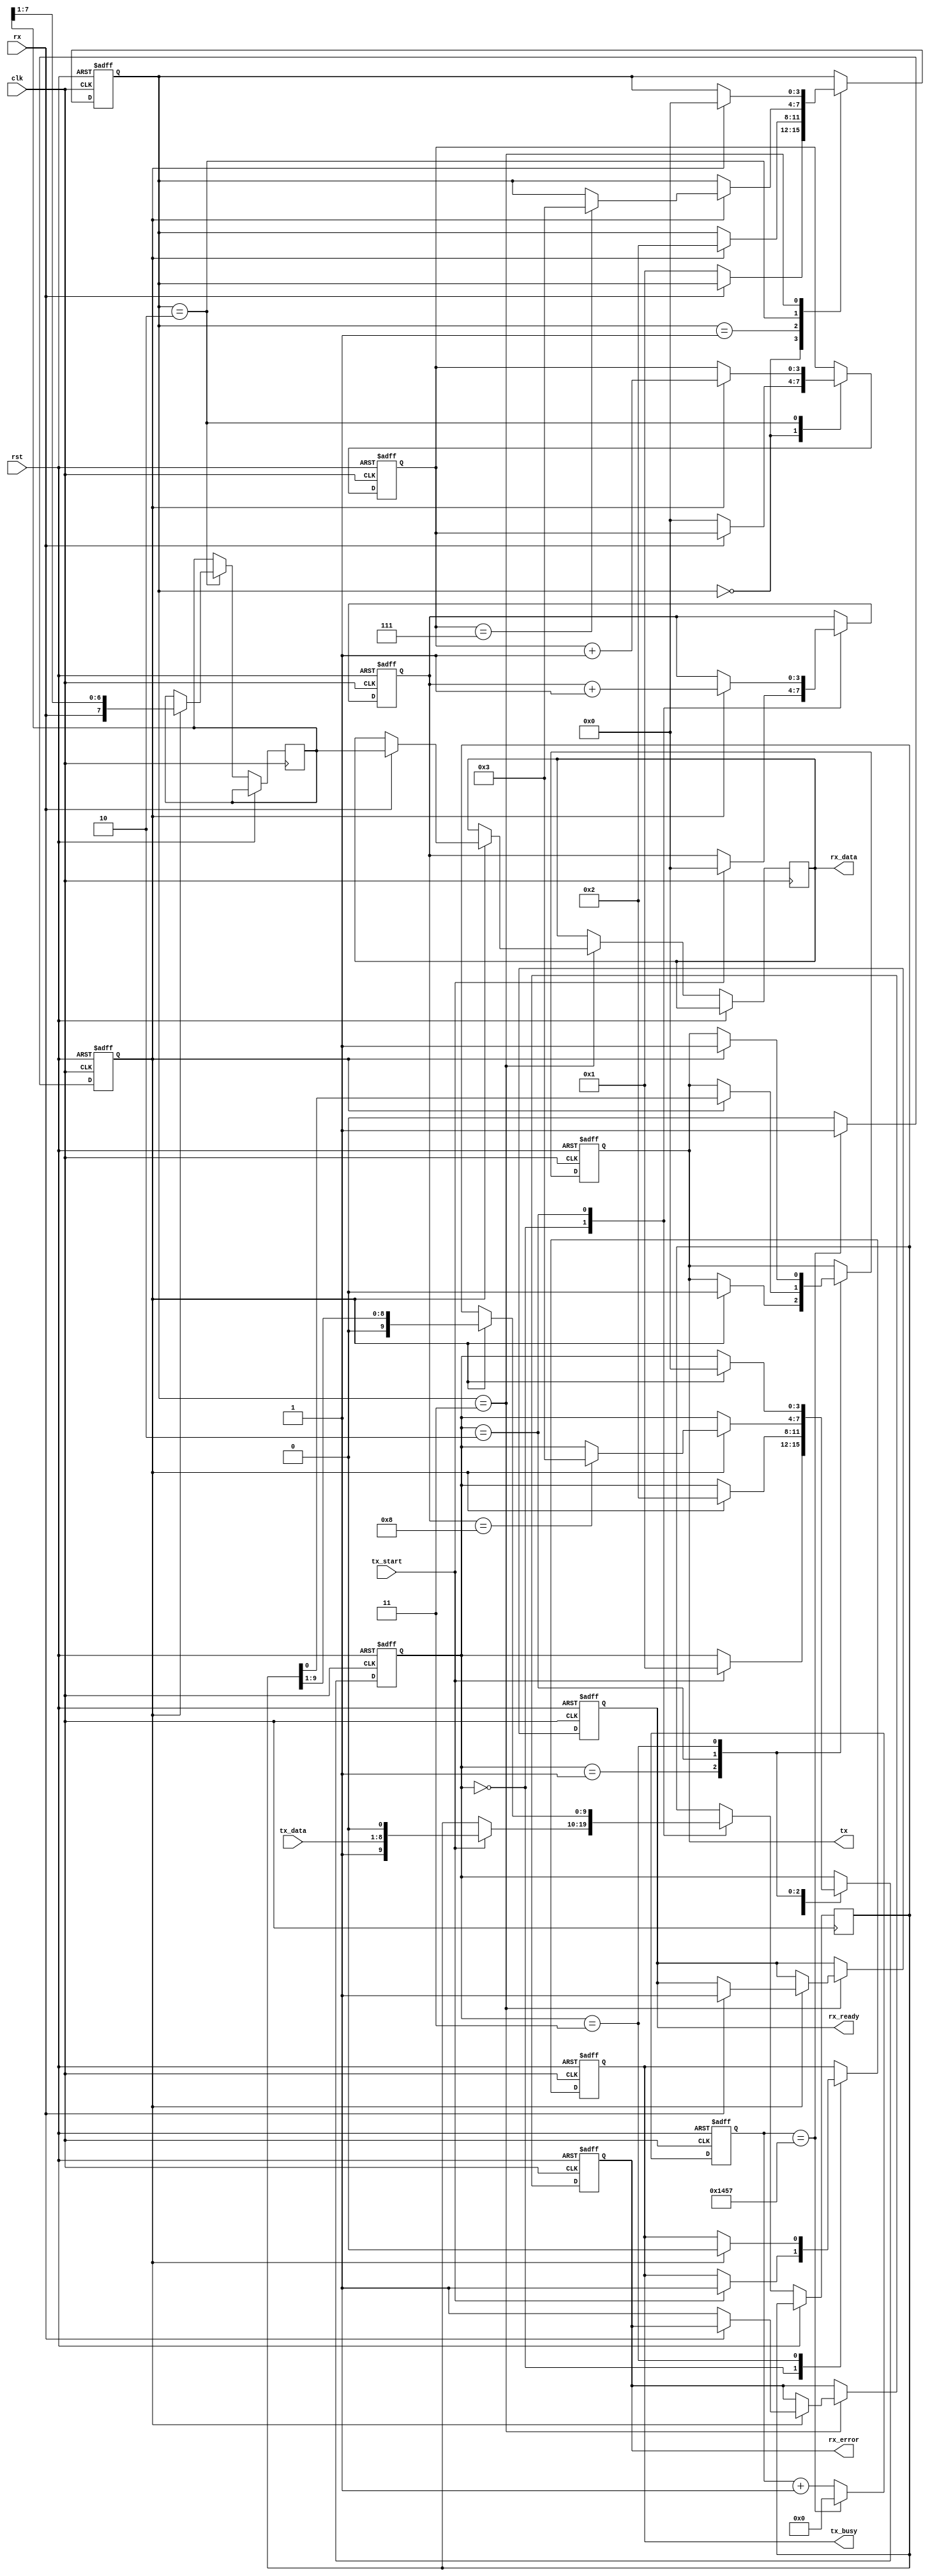
module parameterized_uart #(
    parameter BAUD_RATE = 9600,
    parameter CLOCK_FREQ = 50000000, // System clock frequency
    parameter DATA_WIDTH = 8,
    parameter STOP_BITS = 1,
    parameter PARITY = "NONE" // Options: "NONE", "EVEN", "ODD"
)(
    input wire clk,               // System clock
    input wire rst,               // Reset signal
    input wire tx_start,          // Start transmission signal
    input wire [DATA_WIDTH-1:0] tx_data, // Data to transmit
    output reg tx_busy,           // Transmission busy flag
    output reg tx,                // Transmit serial data
    input wire rx,                // Receive serial data
    output reg [DATA_WIDTH-1:0] rx_data, // Received data
    output reg rx_ready,          // Data ready flag
    output reg rx_error           // Error flag
);

    // Baud rate generator
    localparam BAUD_DIV = CLOCK_FREQ / BAUD_RATE;
    reg [15:0] baud_counter;
    reg baud_tick;

    always @(posedge clk or posedge rst) begin
        if (rst) begin
            baud_counter <= 0;
            baud_tick <= 0;
        end else begin
            if (baud_counter == BAUD_DIV - 1) begin
                baud_counter <= 0;
                baud_tick <= 1;
            end else begin
                baud_counter <= baud_counter + 1;
                baud_tick <= 0;
            end
        end
    end

    // Transmitter state machine
    reg [3:0] tx_state;
    reg [DATA_WIDTH+1:0] tx_shift_reg; // Data + start + stop bits
    reg [3:0] tx_bit_count;

    localparam TX_IDLE = 0, TX_START = 1, TX_DATA = 2, TX_STOP = 3;

    always @(posedge clk or posedge rst) begin
        if (rst) begin
            tx <= 1; // Idle state for UART is high
            tx_busy <= 0;
            tx_state <= TX_IDLE;
            tx_bit_count <= 0;
        end else begin
            case (tx_state)
                TX_IDLE: begin
                    if (tx_start) begin
                        tx_shift_reg <= {1'b1, tx_data, 1'b0}; // Start + Data + Stop
                        tx_busy <= 1;
                        tx_bit_count <= 0;
                        tx_state <= TX_START;
                    end
                end
                TX_START: begin
                    if (baud_tick) begin
                        tx <= 0; // Send start bit
                        tx_state <= TX_DATA;
                    end
                end
                TX_DATA: begin
                    if (baud_tick) begin
                        tx <= tx_shift_reg[0]; // Send next bit
                        tx_shift_reg <= {1'b0, tx_shift_reg[DATA_WIDTH+1:1]}; // Shift left
                        tx_bit_count <= tx_bit_count + 1;
                        if (tx_bit_count == DATA_WIDTH) begin
                            tx_state <= TX_STOP;
                        end
                    end
                end
                TX_STOP: begin
                    if (baud_tick) begin
                        tx <= 1; // Send stop bit
                        tx_busy <= 0;
                        tx_state <= TX_IDLE;
                    end
                end
            endcase
        end
    end

    // Receiver state machine
    reg [3:0] rx_state;
    reg [DATA_WIDTH-1:0] rx_shift_reg;
    reg [3:0] rx_bit_count;
    reg rx_sampled;

    localparam RX_IDLE = 0, RX_START = 1, RX_DATA = 2, RX_STOP = 3;

    always @(posedge clk or posedge rst) begin
        if (rst) begin
            rx_ready <= 0;
            rx_error <= 0;
            rx_state <= RX_IDLE;
            rx_bit_count <= 0;
            rx_sampled <= 0;
        end else begin
            case (rx_state)
                RX_IDLE: begin
                    if (!rx) begin // Detect start bit
                        rx_state <= RX_START;
                        rx_bit_count <= 0;
                    end
                end
                RX_START: begin
                    if (baud_tick) begin
                        rx_sampled <= rx; // Sample start bit
                        rx_state <= RX_DATA;
                    end
                end
                RX_DATA: begin
                    if (baud_tick) begin
                        rx_shift_reg <= {rx, rx_shift_reg[DATA_WIDTH-1:1]}; // Shift in data
                        rx_bit_count <= rx_bit_count + 1;
                        if (rx_bit_count == DATA_WIDTH - 1) begin
                            rx_state <= RX_STOP;
                        end
                    end
                end
                RX_STOP: begin
                    if (baud_tick) begin
                        if (rx) begin // Check stop bit
                            rx_data <= rx_shift_reg; // Output received data
                            rx_ready <= 1;
                        end else begin
                            rx_error <= 1; // Framing error
                        end
                        rx_state <= RX_IDLE;
                    end
                end
            endcase
        end
    end

endmodule